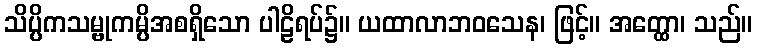
သိပ္ပိကသမ္ဗုကမ္ပိအစရှိသော ပါဠိရပ်၌။ ယထာလာဘဝသေန၊ ဖြင့်။ အတ္ထော၊ သည်။